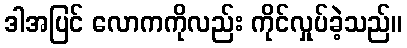
ဒါအပြင် လောကကိုလည်း ကိုင်လှုပ်ခဲ့သည်။